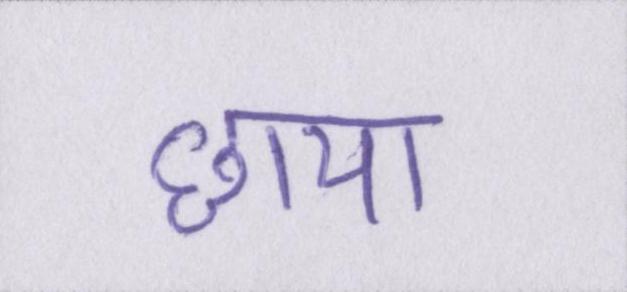
छाया